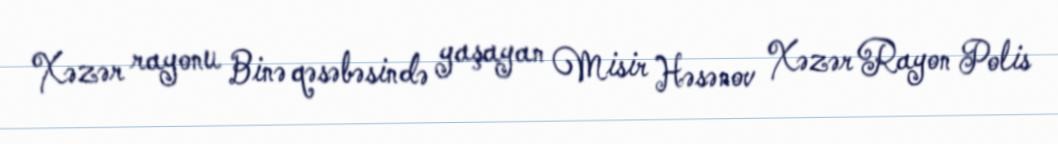
Xəzər rayonu Binə qəsəbəsində yaşayan Misir Həsənov Xəzər Rayon Polis